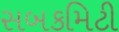
સબકમિટી